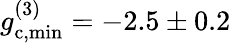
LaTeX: g_{\mathrm{c,min}}^{(3)}=-2.5\pm 0.2